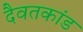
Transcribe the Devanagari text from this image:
दैवतकांड